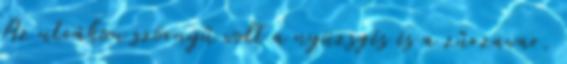
Az utcákon szörnyű volt a nyüzsgés és a zűrzavar.